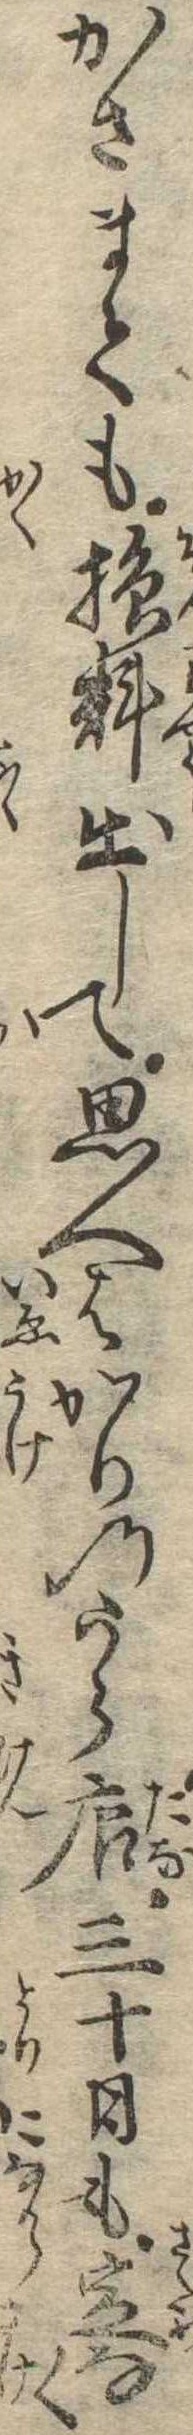
かさまても損料出して思へはかりのうら店三十日も定なく